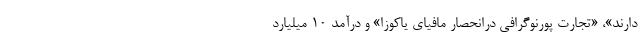
دارند»، «تجارت پورنوگرافی درانحصار مافیای یاکوزا» و درآمد 10 میلیارد